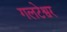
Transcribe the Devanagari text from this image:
गलटेश्वर